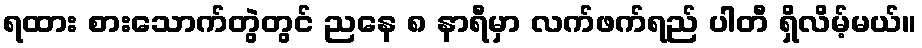
ရထား စားသောက်တွဲတွင် ညနေ ၈ နာရီမှာ လက်ဖက်ရည် ပါတီ ရှိလိမ့်မယ်။